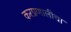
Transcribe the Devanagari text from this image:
करप्रणालीचा